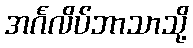
အင်္ဂလိပ်ဘာသာသို့